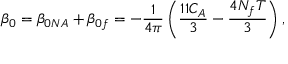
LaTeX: \beta _ { 0 } = \beta _ { 0 N A } + \beta _ { 0 f } = - \frac { 1 } { 4 \pi } \left( \frac { 1 1 C _ { A } } { 3 } - \frac { 4 N _ { f } T } { 3 } \right) ,